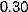
0.30